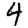
Digit: 4